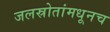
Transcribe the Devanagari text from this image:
जलस्रोतांमधूनच